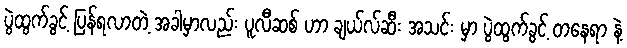
ပွဲထွက်ခွင့် ပြန်ရလာတဲ့ အခါမှာလည်း ပူလီဆစ် ဟာ ချယ်လ်ဆီး အသင်း မှာ ပွဲထွက်ခွင့် တနေရာ နဲ့